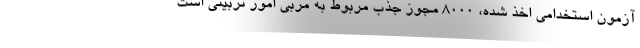
آزمون استخدامی اخذ شده، ۸۰۰۰ مجوز جذب مربوط به مربی امور تربیتی است